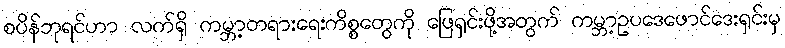
စပိန်ဘုရင်ဟာ လက်ရှိ ကမ္ဘာ့တရားရေးကိစ္စတွေကို ဖြေရှင်းဖို့အတွက် ကမ္ဘာ့ဥပဒေဖောင်ဒေးရှင်းမှ